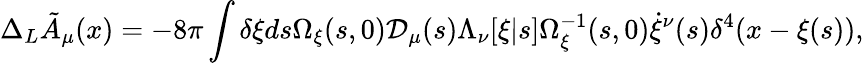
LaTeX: \Delta_{L}{\tilde{A}}_{\mu}(x)=-8\pi\int\delta\xi ds\Omega_{\xi}(s,0){\cal D}_{\mu}(s)\Lambda_{\nu}[\xi|s]\Omega_{\xi}^{-1}(s,0)\dot{\xi}^{\nu}(s)\delta^{4}(x-\xi(s)),